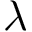
\lambda